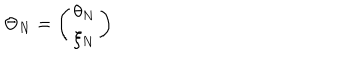
\Theta _ { N } = \left( \begin{array} { c } { { \theta _ { N } } } \\ { { \xi _ { N } } } \\ \end{array} \right)